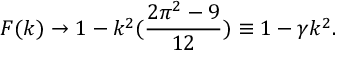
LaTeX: F ( k ) \rightarrow 1 - k ^ { 2 } ( \frac { 2 \pi ^ { 2 } - 9 } { 1 2 } ) \equiv 1 - \gamma k ^ { 2 } .